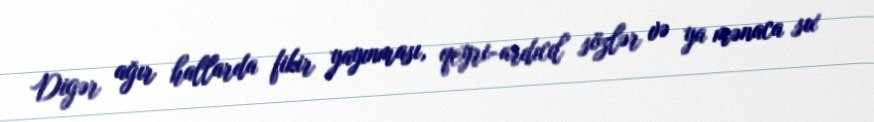
Digər ağır hallarda fikir yayınması, qeyri-ardıcıl sözlər və ya mənaca sıx